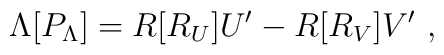
\Lambda[P_\Lambda] = R[R_U]U' - R[R_V]V'\ ,